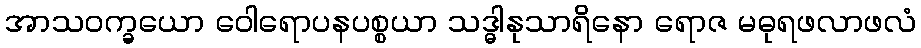
အာသဝက္ခယော ဝေါရောပနပစ္စယာ သဒ္ဓါနုသာရိနော ရောဇ မဓုရဖလာဖလံ